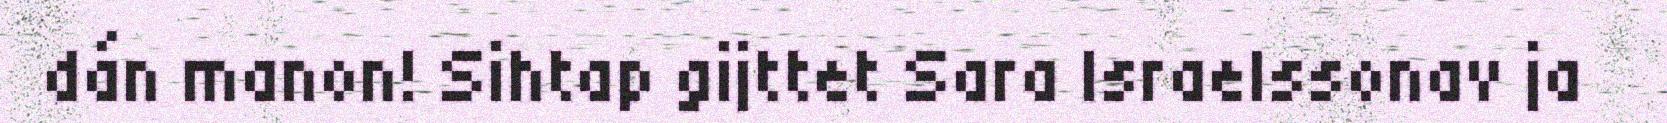
dán manon! Sihtap gijttet Sara Israelssonav ja